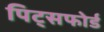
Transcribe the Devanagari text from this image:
पिट्सफोर्ड